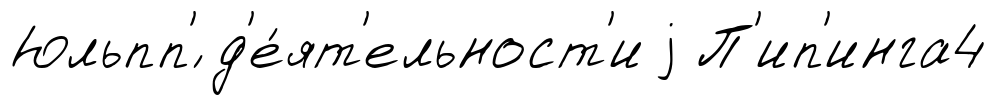
Юльпп'́ д'е́ят'ельност'и j П'ип'инга4